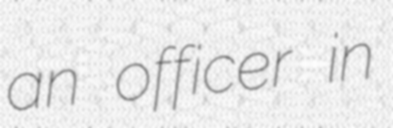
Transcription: an officer in